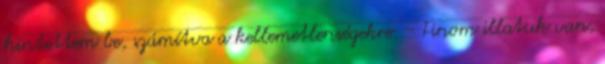
hintettem be, számítva a kellemetlenségekre. - Finom illatuk van,